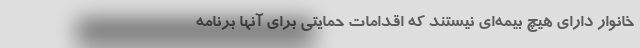
خانوار دارای هیچ بیمه‌ای نیستند که اقدامات حمایتی برای آنها برنامه